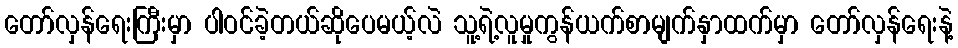
တော်လှန်ရေးကြီးမှာ ပါဝင်ခဲ့တယ်ဆိုပေမယ့်လဲ သူ့ရဲ့လူမှုကွန်ယက်စာမျက်နှာထက်မှာ တော်လှန်ရေးနဲ့